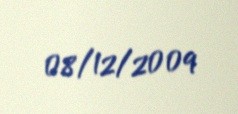
08/12/2009